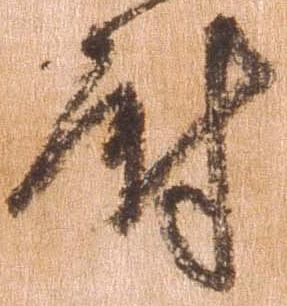
尉